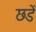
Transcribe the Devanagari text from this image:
छडें